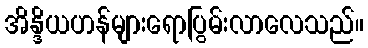
အိန္ဒိယဟန်များရောပြွမ်းလာလေသည်။